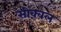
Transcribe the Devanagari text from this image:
सीक़्वल